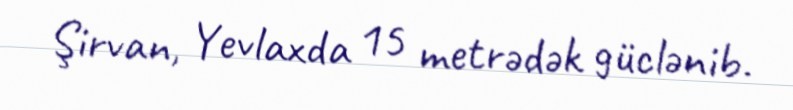
Şirvan, Yevlaxda 15 metrədək güclənib.